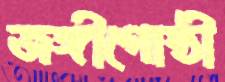
জঙ্গীগোষ্ঠী